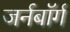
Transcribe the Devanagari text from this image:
जर्नबॉर्ग